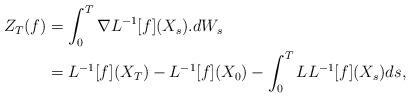
LaTeX: \begin{align*}Z_T(f) & = \int_0^T \nabla L^{-1}[f](X_s).dW_s \\& = L^{-1}[f](X_T)-L^{-1}[f](X_0) - \int_0^T LL^{-1}[f](X_s)ds ,\end{align*}